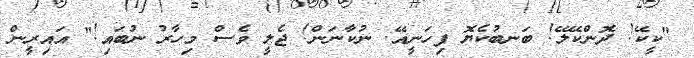
"ކީކޭ! ދޮންކޭލޭ! ބަނބުކެޔޮ ފިހަނީއޭ. ނުކާނަން! ޖެލީ ވެސް މިހާރު ނުބައި!" އައިރީން